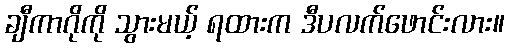
ချီကာဂိုကို သွားမယ့် ရထားက ဒီပလက်ဖောင်းလား။